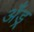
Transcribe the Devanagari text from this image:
अँड्र्